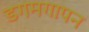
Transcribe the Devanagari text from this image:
डगमगापन